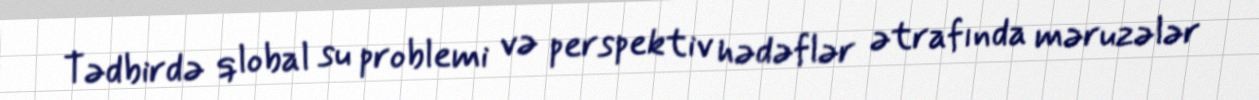
Tədbirdə qlobal su problemi və perspektiv hədəflər ətrafında məruzələr